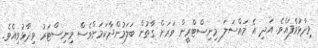
ވިދާޅުވެފައެވެ. އަދި އެ މައްސަލަ މިނިސްޓްރީން ވަރަށް ގާތުން ބަލަމުންދާކަމަށްވެސް މިނިސްޓަރު ވިދާޅުވިއެވެ.